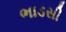
ભાડસી